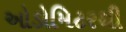
ઓડોમિટરથી